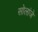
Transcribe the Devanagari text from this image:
सोलांजे